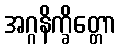
အဂ္ဂနိက္ခိတ္တော